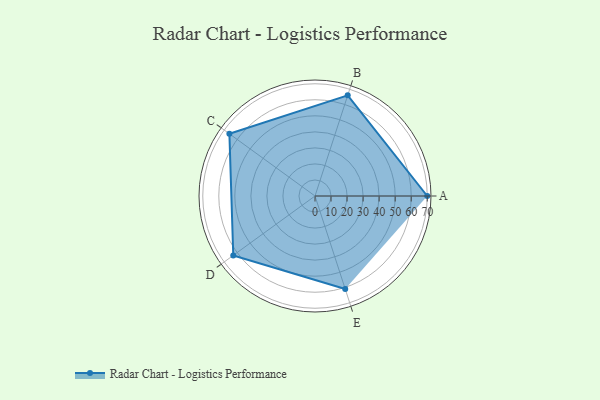
{"axis": {"x": "Skill", "y": "Score"}, "legend": ["Profile"], "data": [{"x": "A", "y": 70.0, "type": "Profile"}, {"x": "B", "y": 66.0, "type": "Profile"}, {"x": "C", "y": 66.0, "type": "Profile"}, {"x": "D", "y": 63.0, "type": "Profile"}, {"x": "E", "y": 61.0, "type": "Profile"}]}